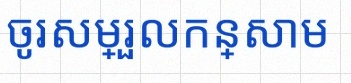
ចូរសម្រួលកន្សោម